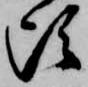
頃